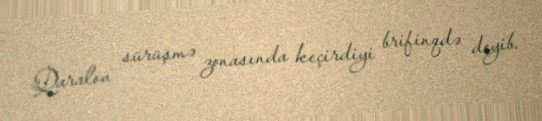
Qaralov sürüşmə zonasında keçirdiyi brifinqdə deyib.